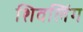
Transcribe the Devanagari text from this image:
शिवलिंंग